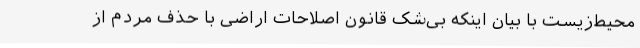
محیط‌زیست با بیان اینکه بی‌شک قانون اصلاحات اراضی با حذف مردم از